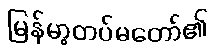
မြန်မာ့တပ်မတော်၏